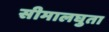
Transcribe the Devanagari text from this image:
सीमालघुता